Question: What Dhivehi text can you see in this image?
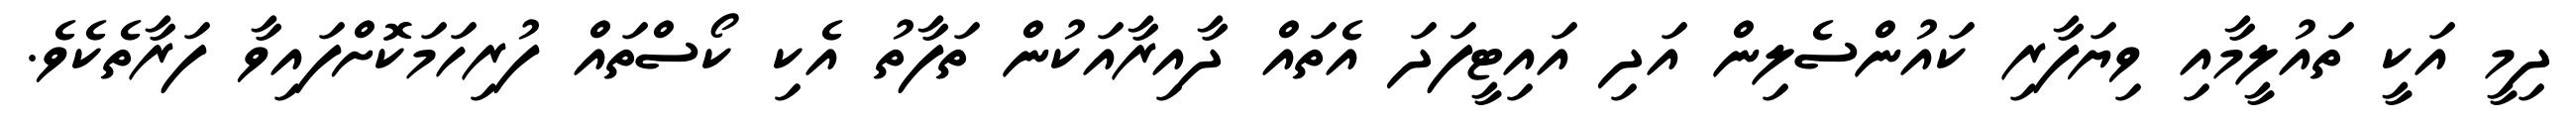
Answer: ދިމީ އަކީ ތައުލީމާއި ވިޔަފާރި ކައުންސެލިން އަދި އައިޓީފަދަ އެތައް ދާއިރާއަކުން ތަފާތު އެކި ކޯސްތައް ފުރިހަމަކޮށްފައިވާ ފަރާތެކެވެ.